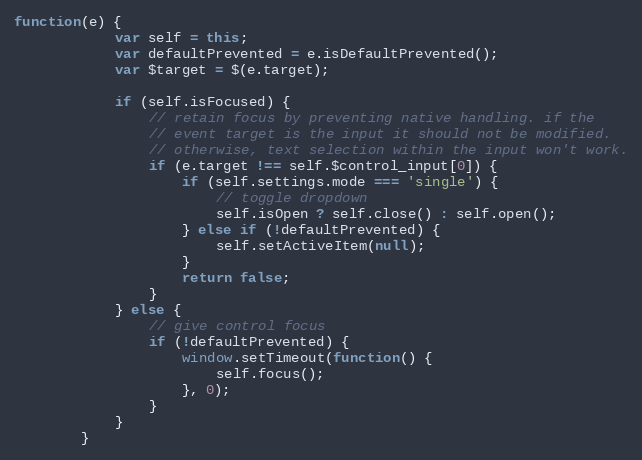
Language: JavaScript
function(e) {
			var self = this;
			var defaultPrevented = e.isDefaultPrevented();
			var $target = $(e.target);

			if (self.isFocused) {
				// retain focus by preventing native handling. if the
				// event target is the input it should not be modified.
				// otherwise, text selection within the input won't work.
				if (e.target !== self.$control_input[0]) {
					if (self.settings.mode === 'single') {
						// toggle dropdown
						self.isOpen ? self.close() : self.open();
					} else if (!defaultPrevented) {
						self.setActiveItem(null);
					}
					return false;
				}
			} else {
				// give control focus
				if (!defaultPrevented) {
					window.setTimeout(function() {
						self.focus();
					}, 0);
				}
			}
		}